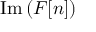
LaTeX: \operatorname { I m } { ( F [ n ] ) }